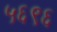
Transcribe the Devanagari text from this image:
५६९६